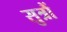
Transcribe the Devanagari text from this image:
सुत्रौं